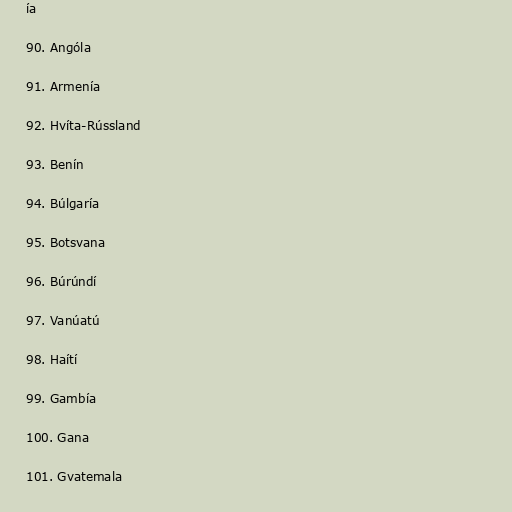
ía

90. Angóla

91. Armenía

92. Hvíta-Rússland

93. Benín

94. Búlgaría

95. Botsvana

96. Búrúndí

97. Vanúatú

98. Haítí

99. Gambía

100. Gana

101. Gvatemala